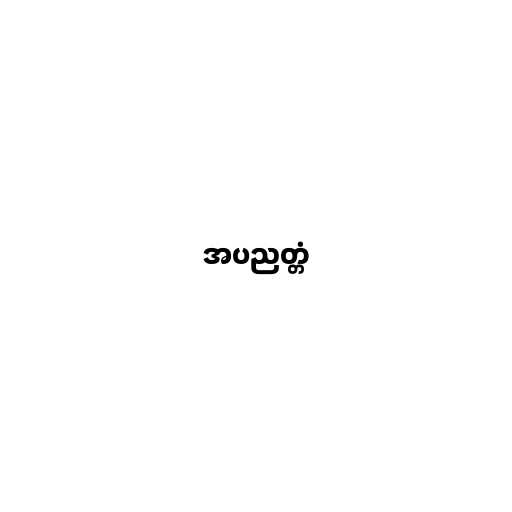
အပညတ္တံ